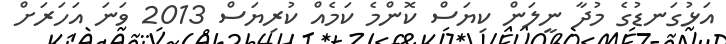
އަޅުގަނޑުގެ މުދާ ނީލަން ކިޔަސް ކޮންމެ ކަމެއް ކުރިޔަސް 2013 ވަނަ އަހަރަށް